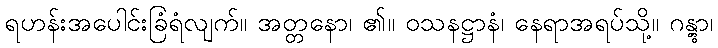
ရဟန်းအပေါင်းခြံရံလျက်။ အတ္တနော၊ ၏။ ဝသနဋ္ဌာနံ၊ နေရာအရပ်သို့။ ဂန္တွာ၊